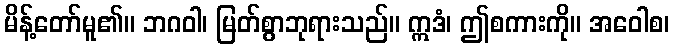
မိန့်တော်မူ၏။ ဘဂဝါ၊ မြတ်စွာဘုရားသည်။ ဣဒံ၊ ဤစကားကို။ အဝေါစ၊